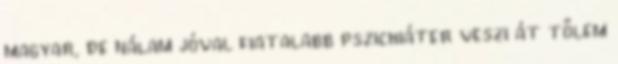
magyar, de nálam jóval fiatalabb pszichiáter veszi át tőlem